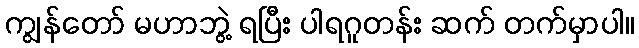
ကျွန်တော် မဟာဘွဲ့ ရပြီး ပါရဂူတန်း ဆက် တက်မှာပါ။